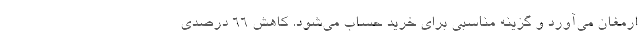
ارمغان می‌آورد و گزینه مناسبی برای خرید حساب می‌شود. کاهش ۶۶ درصدی